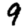
Digit: 9